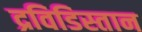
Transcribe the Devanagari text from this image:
द्रविडिस्तान